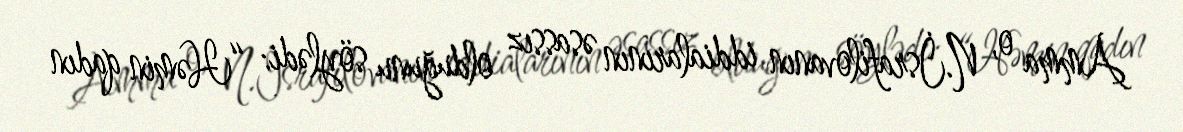
Amma o, N.İsrafilovanın iddialarının əsassız olduğunu söylədi: “Həmin qadın